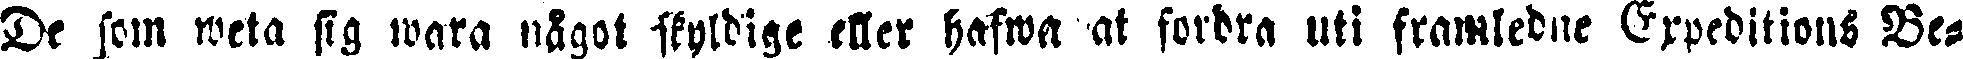
De som weta sig wara något skyldige eller hafwa att fordra uti framledne Expeditions Be-